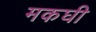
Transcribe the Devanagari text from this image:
मकघी